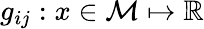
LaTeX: g_{ij}:x\in\mathcal{M}\mapsto\mathbb{R}